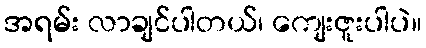
အရမ်း လာချင်ပါတယ်၊ ကျေးဇူးပါပဲ။